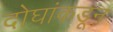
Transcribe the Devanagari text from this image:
दोघांकडून